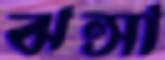
ঝল্‌সা